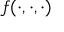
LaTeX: f ( \cdot , \cdot , \cdot )